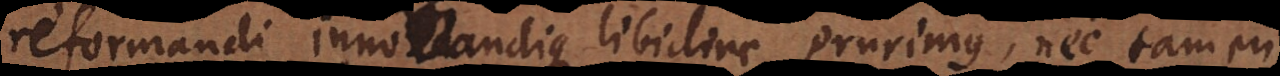
reformandi innovandique libidine prurimus, nec tamen